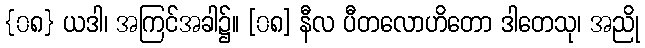
{၀၈} ယဒါ၊ အကြင်အခါ၌။ [၀၈] နီလ ပီတလောဟိတော ဒါတေသု၊ အညို